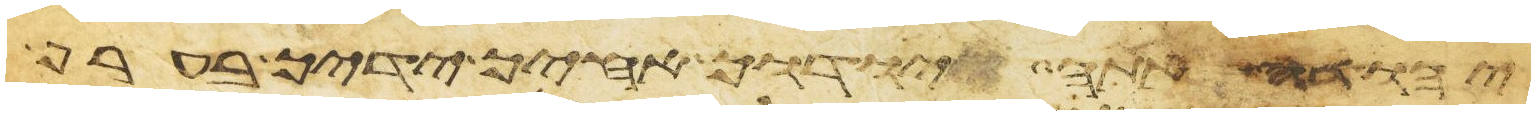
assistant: יהודה אתה יודך אחיך ידיך בערף